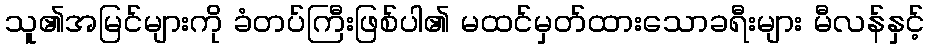
သူ၏အမြင်များကို ခံတပ်ကြီးဖြစ်ပါ၏ မထင်မှတ်ထားသောခရီးများ မီလန်နှင့်